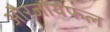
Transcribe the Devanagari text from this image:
औरजायफल